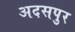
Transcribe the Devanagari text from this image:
अदसपुर